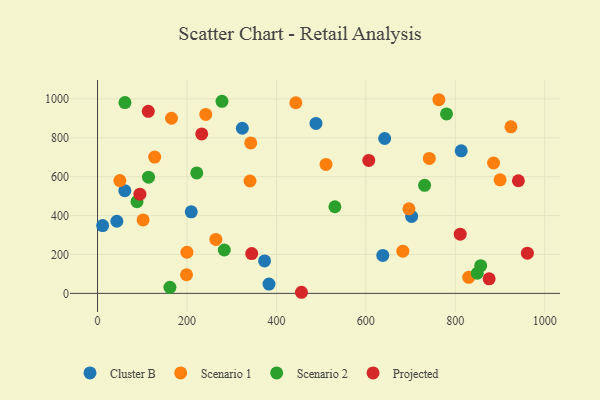
{"axis": {"x": "Investment", "y": "Fuel Efficiency"}, "legend": ["Cluster B", "Projected", "Scenario 1", "Scenario 2"], "data": [{"x": "702.4", "y": 395.9, "type": "Cluster B"}, {"x": "383.4", "y": 48.0, "type": "Cluster B"}, {"x": "209.6", "y": 419.4, "type": "Cluster B"}, {"x": "323.8", "y": 849.1, "type": "Cluster B"}, {"x": "61.0", "y": 527.9, "type": "Cluster B"}, {"x": "488.5", "y": 874.1, "type": "Cluster B"}, {"x": "373.5", "y": 166.9, "type": "Cluster B"}, {"x": "11.4", "y": 348.4, "type": "Cluster B"}, {"x": "43.2", "y": 371.0, "type": "Cluster B"}, {"x": "637.9", "y": 195.2, "type": "Cluster B"}, {"x": "642.1", "y": 796.5, "type": "Cluster B"}, {"x": "813.3", "y": 733.2, "type": "Cluster B"}, {"x": "340.9", "y": 578.0, "type": "Scenario 1"}, {"x": "264.6", "y": 277.2, "type": "Scenario 1"}, {"x": "900.2", "y": 583.9, "type": "Scenario 1"}, {"x": "342.6", "y": 773.7, "type": "Scenario 1"}, {"x": "199.0", "y": 95.8, "type": "Scenario 1"}, {"x": "101.9", "y": 377.6, "type": "Scenario 1"}, {"x": "50.0", "y": 580.2, "type": "Scenario 1"}, {"x": "127.8", "y": 701.1, "type": "Scenario 1"}, {"x": "763.3", "y": 995.9, "type": "Scenario 1"}, {"x": "510.9", "y": 663.0, "type": "Scenario 1"}, {"x": "165.4", "y": 900.6, "type": "Scenario 1"}, {"x": "199.9", "y": 211.5, "type": "Scenario 1"}, {"x": "443.4", "y": 980.3, "type": "Scenario 1"}, {"x": "242.0", "y": 920.1, "type": "Scenario 1"}, {"x": "741.9", "y": 693.9, "type": "Scenario 1"}, {"x": "696.3", "y": 434.9, "type": "Scenario 1"}, {"x": "885.6", "y": 670.6, "type": "Scenario 1"}, {"x": "924.5", "y": 856.6, "type": "Scenario 1"}, {"x": "830.0", "y": 82.7, "type": "Scenario 1"}, {"x": "682.7", "y": 217.2, "type": "Scenario 1"}, {"x": "283.5", "y": 222.9, "type": "Scenario 2"}, {"x": "731.4", "y": 555.4, "type": "Scenario 2"}, {"x": "61.4", "y": 981.0, "type": "Scenario 2"}, {"x": "161.9", "y": 31.3, "type": "Scenario 2"}, {"x": "849.1", "y": 103.5, "type": "Scenario 2"}, {"x": "780.4", "y": 922.7, "type": "Scenario 2"}, {"x": "278.3", "y": 987.6, "type": "Scenario 2"}, {"x": "856.8", "y": 142.5, "type": "Scenario 2"}, {"x": "221.9", "y": 619.3, "type": "Scenario 2"}, {"x": "530.8", "y": 445.4, "type": "Scenario 2"}, {"x": "88.3", "y": 471.5, "type": "Scenario 2"}, {"x": "114.0", "y": 597.8, "type": "Scenario 2"}, {"x": "456.0", "y": 5.6, "type": "Projected"}, {"x": "941.1", "y": 579.3, "type": "Projected"}, {"x": "811.0", "y": 304.5, "type": "Projected"}, {"x": "606.5", "y": 683.8, "type": "Projected"}, {"x": "113.5", "y": 936.1, "type": "Projected"}, {"x": "961.2", "y": 206.9, "type": "Projected"}, {"x": "875.7", "y": 74.6, "type": "Projected"}, {"x": "344.8", "y": 204.8, "type": "Projected"}, {"x": "233.0", "y": 820.1, "type": "Projected"}, {"x": "94.7", "y": 510.0, "type": "Projected"}]}